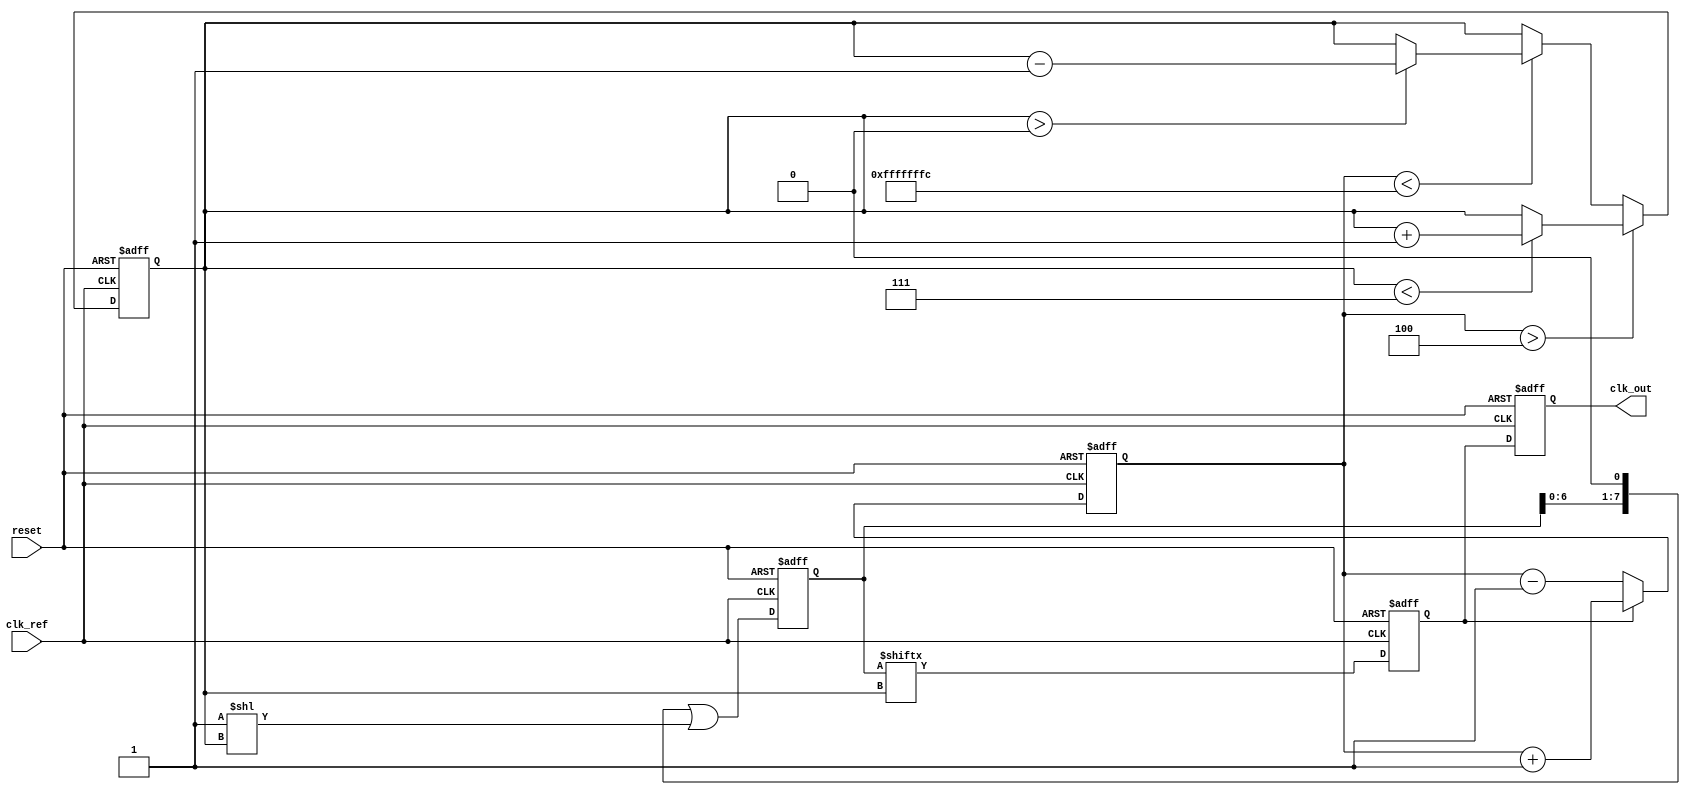
module DLL (
    input wire clk_ref,          // Reference clock input
    input wire reset,            // Reset signal
    output reg clk_out           // Output clock
);

    // Parameters
    parameter NUM_DELAY_ELEMENTS = 8; // Number of delay elements
    parameter DELAY_STEP = 1;          // Delay step size (in time units)

    // Internal signals
    reg [NUM_DELAY_ELEMENTS-1:0] delay_line; // Delay line control
    reg [3:0] phase_error;                  // Phase error signal
    reg [3:0] delay_setting;                 // Current delay setting
    reg [3:0] delay_counter;                 // Delay counter for output clock
    reg clk_out_temp;                        // Temporary output clock

    // Phase Detector (PD)
    always @(posedge clk_ref or posedge reset) begin
        if (reset) begin
            phase_error <= 0;
        end else begin
            // Simple phase detection logic
            if (clk_out_temp) begin
                phase_error <= phase_error + 1; // Output clock is leading
            end else begin
                phase_error <= phase_error - 1; // Output clock is lagging
            end
        end
    end

    // Control Logic
    always @(posedge clk_ref or posedge reset) begin
        if (reset) begin
            delay_setting <= 0;
        end else begin
            // Adjust delay setting based on phase error
            if (phase_error > 4) begin
                if (delay_setting < NUM_DELAY_ELEMENTS - 1) begin
                    delay_setting <= delay_setting + 1; // Increase delay
                end
            end else if (phase_error < -4) begin
                if (delay_setting > 0) begin
                    delay_setting <= delay_setting - 1; // Decrease delay
                end
            end
        end
    end

    // Delay Line
    always @(posedge clk_ref or posedge reset) begin
        if (reset) begin
            delay_line <= 0;
            clk_out_temp <= 0;
        end else begin
            // Shift the delay line based on the current delay setting
            delay_line <= (delay_line << DELAY_STEP) | (1 << delay_setting);
            // Generate the output clock based on the delay line
            clk_out_temp <= delay_line[delay_setting];
        end
    end

    // Output Clock Generation
    always @(posedge clk_ref or posedge reset) begin
        if (reset) begin
            clk_out <= 0;
        end else begin
            clk_out <= clk_out_temp; // Output the delayed clock
        end
    end

endmodule